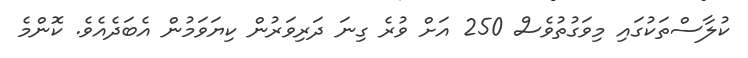
ކުލާސްތަކުގައި މިވަގުތުވެސް 250 އަށް ވުރެ ގިނަ ދަރިވަރުން ކިޔަވަމުން އެބަދެއެވެ. ކޮންމެ